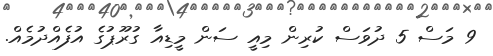
9 މަސް 5 ދުވަސް ކުރިން މިއީ ސަން މީޑިއާ ގުރޫޕުގެ އުފެއްދުމެއް.